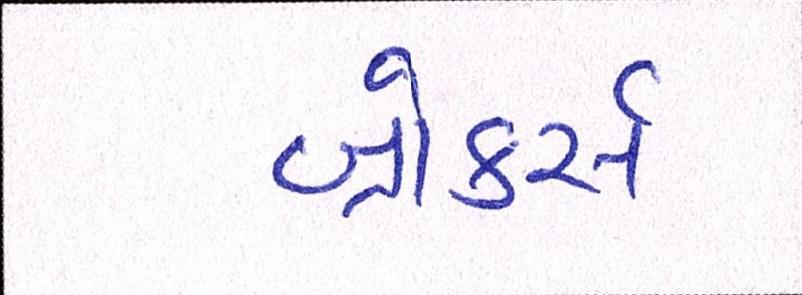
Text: બ્રોકર્સ